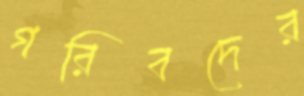
গরিবদের